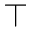
\intercal